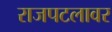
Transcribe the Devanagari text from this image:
राजपटलावर